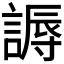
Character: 𬢾